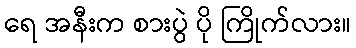
ရေ အနီးက စားပွဲ ပို ကြိုက်လား။